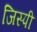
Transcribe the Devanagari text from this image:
जिस्पी